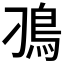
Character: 𩾗